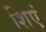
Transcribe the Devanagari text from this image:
शिएं